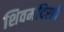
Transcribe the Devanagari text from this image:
शिवमंदिरही